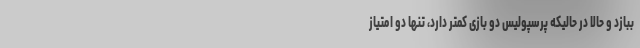
ببازد و حالا در حالیکه پرسپولیس دو بازی کمتر دارد، تنها دو امتیاز